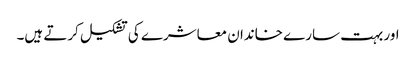
اور بہت سارے خاندان معاشرے کی تشکیل کرتے ہیں۔